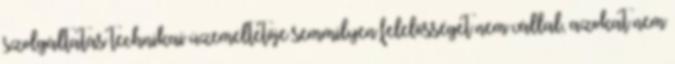
szolgáltatás technikai üzemeltetője semmilyen felelősséget nem vállal, azokat nem